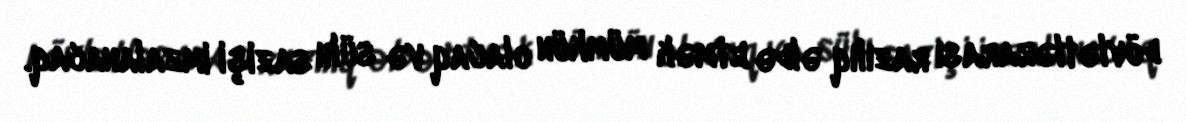
dövlətlərarası razılıq əldə etmək mümkün olacaq və sülh sazişi imzalanacaq.